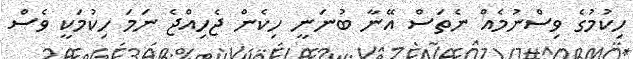
ހިކުމުގެ ވިސްނުމެއް ނެތަސް އޭނާ ބުނަނީ ހިކެން ޖެހިއްޖެ ނަމަ ހިކުމަކީ ވެސް